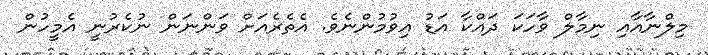
މިލްނާއާއި ނިމާލް ވާހަކަ ދައްކާ އަޑު އިވުމުންނެވެ. އެތެރެއަށް ވަންނަން ނުކެރުނީ އެމީހުން